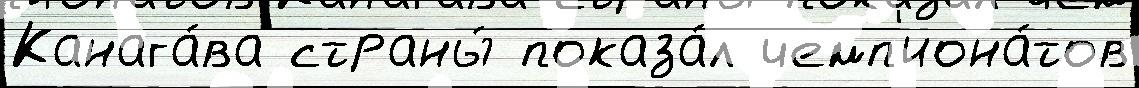
Канага́ва страны́ показа́л чемп'иона́тов